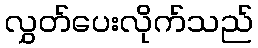
လွှတ်ပေးလိုက်သည်